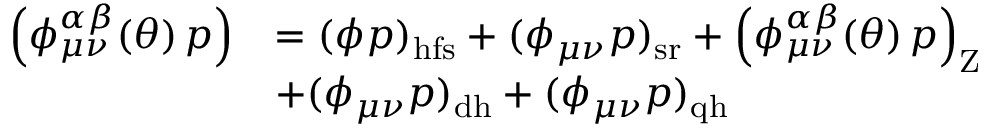
\begin{array} { r l } { \left( \phi _ { \mu \nu } ^ { \alpha \beta } ( \theta ) \, p \right) } & { = ( \phi p ) _ { \mathrm { h f s } } + ( \phi _ { \mu \nu } p ) _ { \mathrm { s r } } + \left( \phi _ { \mu \nu } ^ { \alpha \beta } ( \theta ) \, p \right) _ { \mathrm { Z } } } \\ & { + ( \phi _ { \mu \nu } p ) _ { \mathrm { d h } } + ( \phi _ { \mu \nu } p ) _ { \mathrm { q h } } } \end{array}